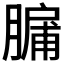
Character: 𮌸